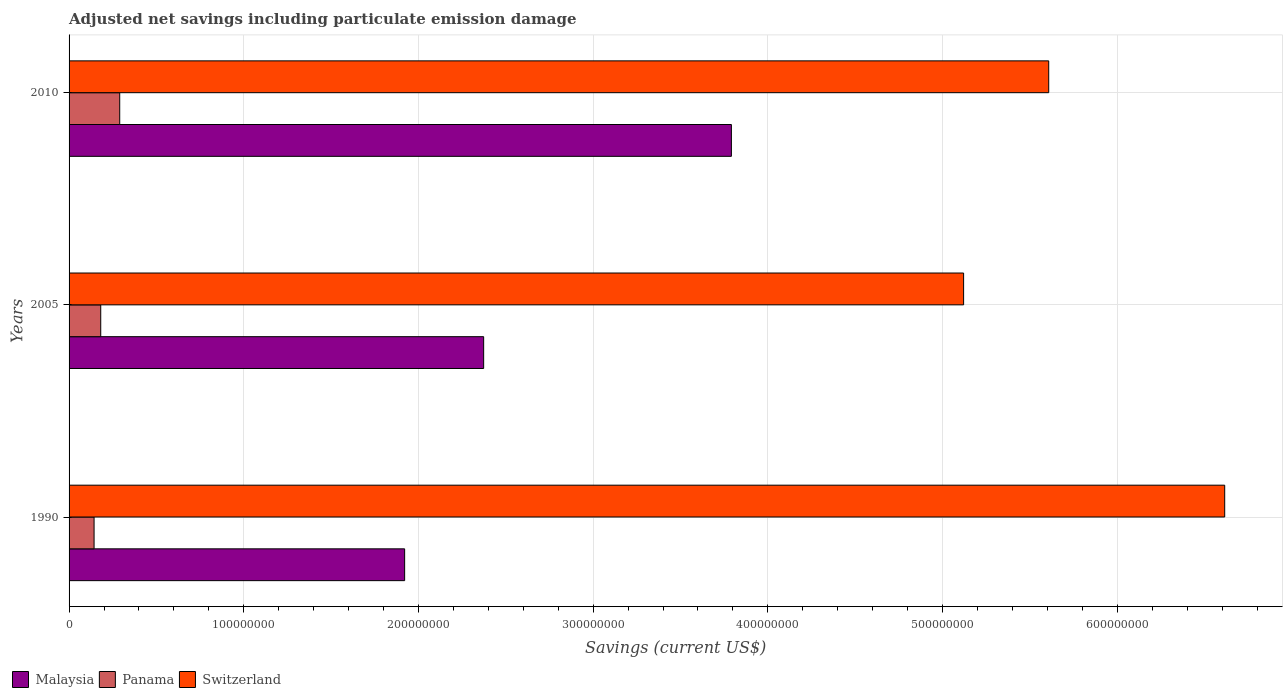
| Years | Malaysia | Panama | Switzerland |
 | --- | --- | --- | --- |
 | 1990 | 1.92e+08 | 1.43e+07 | 6.61e+08 |
 | 2005 | 2.37e+08 | 1.81e+07 | 5.12e+08 |
 | 2010 | 3.79e+08 | 2.9e+07 | 5.61e+08 |